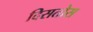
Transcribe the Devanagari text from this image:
दिसतोस